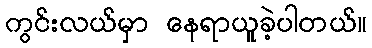
ကွင်းလယ်မှာ နေရာယူခဲ့ပါတယ်။